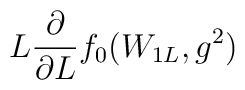
L\frac{\partial}{\partial L}f_0(W_{1L},g^2)